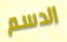
الدسم